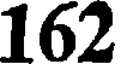
162